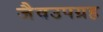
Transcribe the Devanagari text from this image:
जैवउपग्रह